Civil Veterinary Department. Madras. Admin. report 1910-25 - 1910-1925
Year: 1910
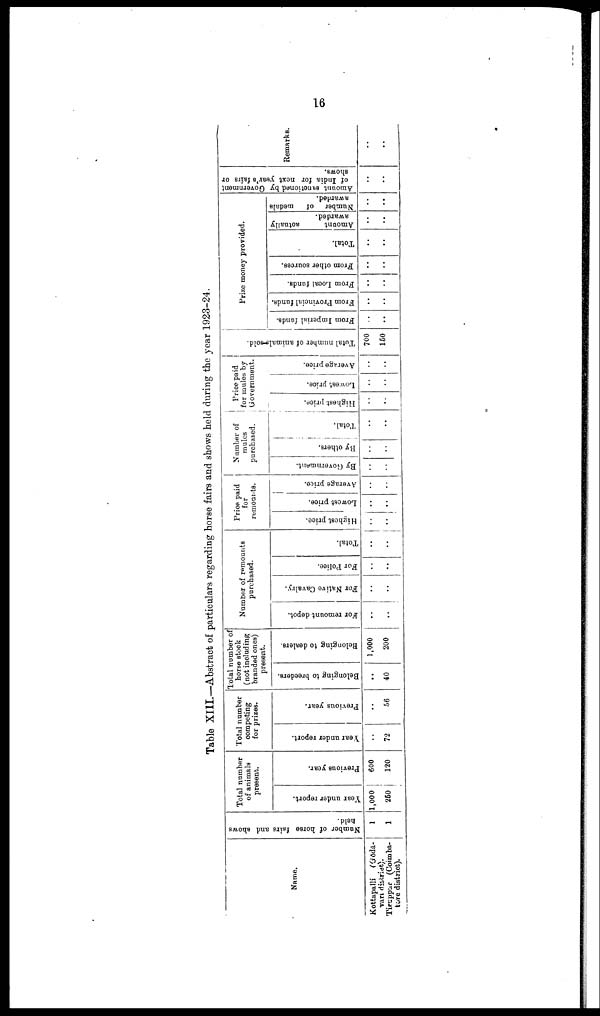
16
Table XIII.—Abstract of particulars regarding horse fairs and shows held during the year 1923-24.
Name.
Kottapalli
(Gōdā-
vari district).
Tiruppar (Coimba-
tore district).
Number of horse fairs and shows
held.
1
1
Total number
of animals
present.
Year under report.
1,000
260
Previous year.
600
120
Total number
competing
for prizes.
Year
under report.
..
72
Previous year.
..
56
Total number of
horse stock
(not including
branded ones)
present.
Belonging to breeders.
..
40
Belonging to dealers.
1,000
200
Number of remounts
purchased.
For remount depot.
..
..
For Native Cavalry.
..
..
For Police.
..
..
Total.
..
..
Price paid
for
remounts.
Highest price.
..
..
Lowest price.
..
..
Average price.
..
..
Number of
mules
purchased.
By Government.
..
..
By others.
..
..
Total,
..
..
Price paid
for mules by
Government.
Highest price.
..
..
Lowest price.
..
..
Average price.
..
..
Total number of animals-sold.
700
150
Prize money provided.
From Imperial funds.
..
..
From Provincial funds.
..
..
From Local funds.
..
..
From other sources.
..
..
Total.
..
..
Amount
actually
awarded.
..
..
Number of
medals
awarded.
..
..
Amount sanctioned by Government
of India for next year's fairs or
shows.
..
..
Remarks.
..
..